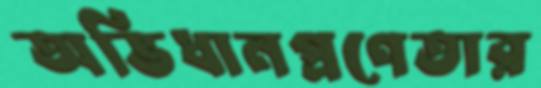
অভিধানপ্রণেতার